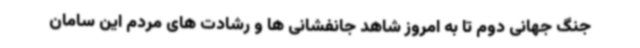
جنگ جهانی دوم تا به امروز شاهد جانفشانی ها و رشادت های مردم این سامان